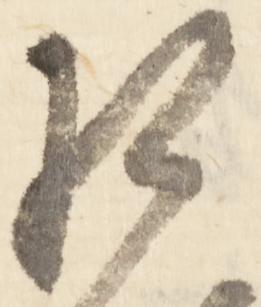
相